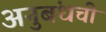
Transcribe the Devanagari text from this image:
अनुबंधची